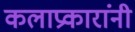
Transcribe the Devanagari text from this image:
कलाप्रकारांनी